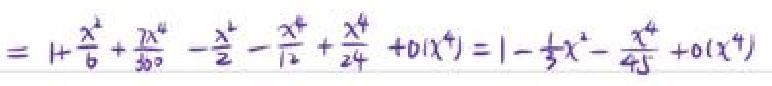
\[
=1+\frac{x^{2}}{6}+\frac{7x^{4}}{360}-\frac{x^{2}}{2}-\frac{x^{4}}{12}+\frac{x^{4}}{24}+o(x^{4})=1-\frac{1}{3}x^{2}-\frac{x^{4}}{45}+o(x^{4})
\]